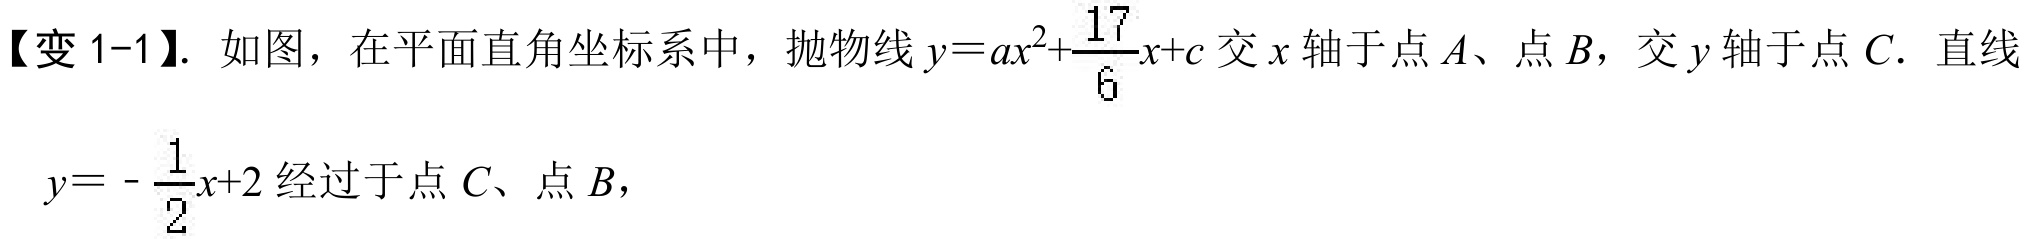
【变1-1】. 如图，在平面直角坐标系中，抛物线$y = ax^{2}+\frac{17}{6}x + c$交$x$轴于点$A$、点$B$，交$y$轴于点$C$．直线$y = -\frac{1}{2}x + 2$经过于点$C$、点$B$，